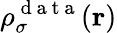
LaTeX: \rho_{\sigma}^{\mathrm{~d~a~t~a~}}(\boldsymbol{\textbf{r}})